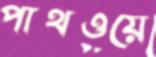
পাথওয়ে